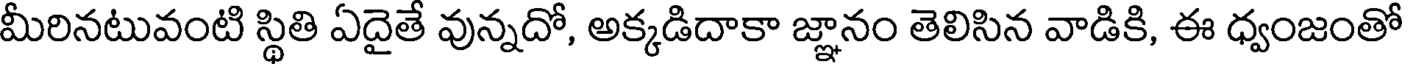
మీరినటువంటి స్థితి ఏదైతే వున్నదో, అక్కడిదాకా జ్ఞానం తెలిసిన వాడికి, ఈ ధ్వంజంతో